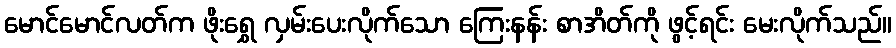
မောင်မောင်လတ်က ဖိုးရွှေ လှမ်းပေးလိုက်သော ကြေးနန်း စာအိတ်ကို ဖွင့်ရင်း မေးလိုက်သည်။